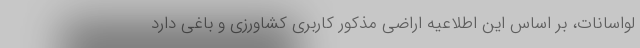
لواسانات، بر اساس این اطلاعیه اراضی مذکور کاربری کشاورزی و باغی دارد